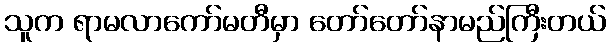
သူက ရာမလာကော်မတီမှာ တော်တော်နာမည်ကြီးတယ်